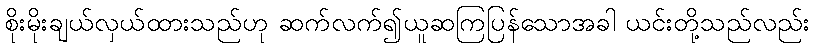
စိုးမိုးချယ်လှယ်ထားသည်ဟု ဆက်လက်၍ယူဆကြပြန်သောအခါ ယင်းတို့သည်လည်း